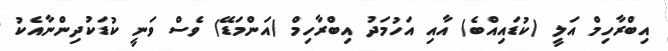
އިބްރާހިމް އަލީ (ކުޑައިއްބެ) އާއި އަހުމަދު އިބްރާހިމް (އަންމަޑޭ) ވެސް ވަނީ ކުޑަކުދިންނާއެކު